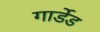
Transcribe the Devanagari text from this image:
गार्डेड